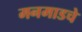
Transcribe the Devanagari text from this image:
मनमाडचे